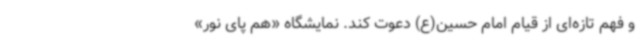
و فهم تازه‌ای از قیام امام حسین(ع) دعوت کند. نمایشگاه «هم پای نور»